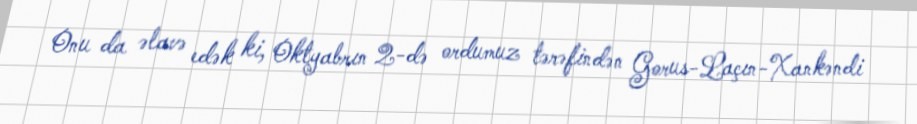
Onu da əlavə edək ki, Oktyabrın 2-də ordumuz tərəfindən Gorus-Laçın-Xankəndi